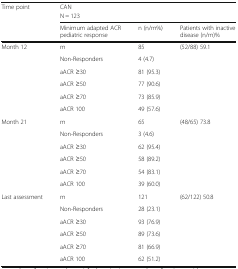
| <ROWSPAN=3> Time point | <COLSPAN=3> CAN |
 | <COLSPAN=3> N = 123 |
 | Minimum adapted ACR pediatric response | n (n/m%) | Patients with inactive disease (n/m)% |
 | --- | --- | --- | --- |
 | <ROWSPAN=6> Month 12 | m | 85 | <ROWSPAN=6> (52/88) 59.1 |
 | Non-Responders | 4 (4.7) |
 | aACR ≥30 | 81 (95.3) |
 | aACR ≥50 | 77 (90.6) |
 | aACR ≥70 | 73 (85.9) |
 | aACR 100 | 49 (57.6) |
 | <ROWSPAN=6> Month 21 | m | 65 | <ROWSPAN=6> (48/65) 73.8 |
 | Non-Responders | 3 (4.6) |
 | aACR ≥30 | 62 (95.4) |
 | aACR ≥50 | 58 (89.2) |
 | aACR ≥70 | 54 (83.1) |
 | aACR 100 | 39 (60.0) |
 | <ROWSPAN=6> Last assessment | m | 121 | <ROWSPAN=6> (62/122) 50.8 |
 | Non-Responders | 28 (23.1) |
 | aACR ≥30 | 93 (76.9) |
 | aACR ≥50 | 89 (73.6) |
 | aACR ≥70 | 81 (66.9) |
 | aACR 100 | 62 (51.2) |